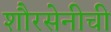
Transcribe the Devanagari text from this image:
शौरसेनीची